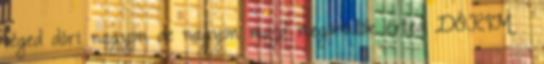
téged dóri nagyon de nagyon majd megörülök érted DÓRIM♥♥